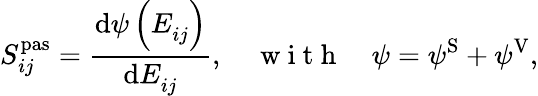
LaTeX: S_{ij}^{\mathrm{pas}}=\frac{\mathrm{d}\psi\left(E_{ij}^{\phantom{}}\right)}{\mathrm{d}E_{ij}^{\phantom{}}},\quad\mathrm{~w~i~t~h~}\quad\psi=\psi^{\mathrm{{S}}}+\psi^{\mathrm{{V}}},